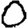
Digit: 0